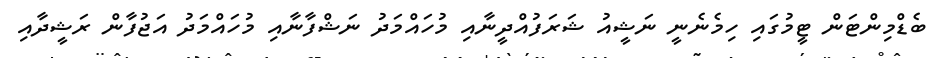
ބެޑްމިންޓަން ޓީމުގައި ހިމެނެނީ ނަޝީއު ޝަރަފުއްދީނާއި މުހައްމަދު ނަޝްފާނާއި މުހައްމަދު އަޖުފާން ރަޝީދާއި